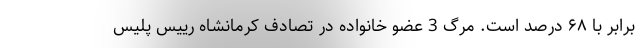
برابر با ۶۸ درصد است. مرگ 3 عضو خانواده در تصادف کرمانشاه رییس پلیس